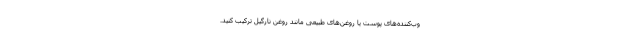
وب‌کننده‌های پوست یا روغن‌های طبیعی مانند روغن نارگیل ترکیب کنید.